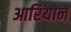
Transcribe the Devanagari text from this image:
आरियान